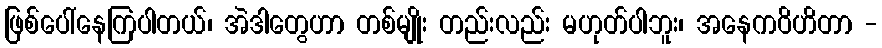
ဖြစ်ပေါ်နေကြပါတယ်၊ အဲဒါတွေဟာ တစ်မျိုး တည်းလည်း မဟုတ်ပါဘူး၊ အနေကဝိဟိတာ -